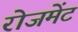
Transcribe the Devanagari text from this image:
रोजमेंट